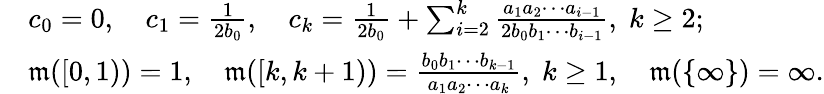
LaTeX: \begin{array}{rl}&{c_{0}=0,\quad c_{1}=\frac{1}{2b_{0}},\quad c_{k}=\frac{1}{2b_{0}}+\sum_{i=2}^{k}\frac{a_{1}a_{2}\cdots a_{i-1}}{2b_{0}b_{1}\cdots b_{i-1}},\; k\geq 2;}\\ &{\mathfrak{m}([0,1))=1,\quad\mathfrak{m}([k,k+1))=\frac{b_{0}b_{1}\cdots b_{k-1}}{a_{1}a_{2}\cdots a_{k}},\; k\geq 1,\quad\mathfrak{m}(\{ \infty\} )=\infty.}\end{array}